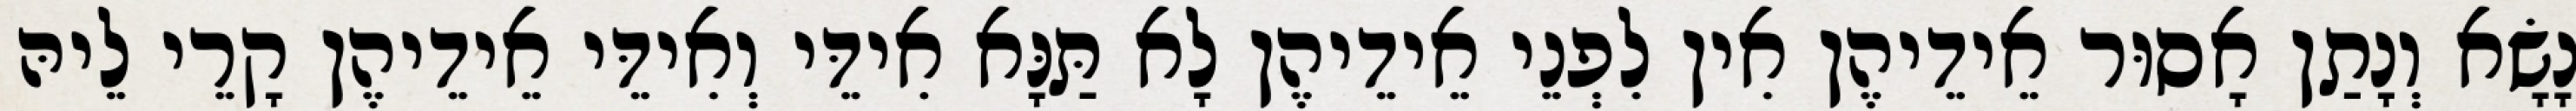
נָשָׂא וְנָתַן אָסוּר אֵידֵיהֶן אִין לִפְנֵי אֵידֵיהֶן לָא תַּנָּא אִידֵּי וְאִידֵּי אֵידֵיהֶן קָרֵי לֵיהּ